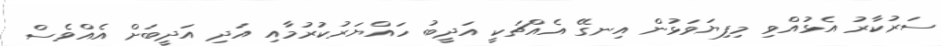
ސަރުކާރު އެޅުއްވި މިފިޔަވަޅުން އިނގޭ އެއްޗަކީ އަދީބު ހައްޔަރުކުރުމާއި އަދި އަދީބަށް އެއްވެސް